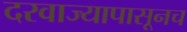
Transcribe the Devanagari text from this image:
दरवाज्यापासूनच